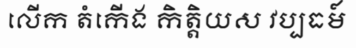
លើក តំកើង កិត្តិយស វប្បធម៍